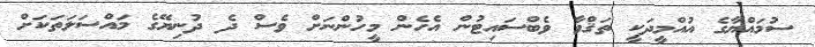
ސުމައްޔާގެ އުއްމީދަކީ ތަޤްވާ ވެބްސައިޓުން އެހެން މީހުންނަށް ވެސް ދެ ދުނިޔޭގެ މައްސަލަތަކަށް